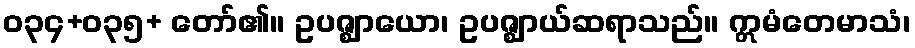
ဝ၃၄+ဝ၃၅+ တော်၏။ ဥပဇ္ဈာယော၊ ဥပဇ္ဈာယ်ဆရာသည်။ ဣမံတေမာသံ၊